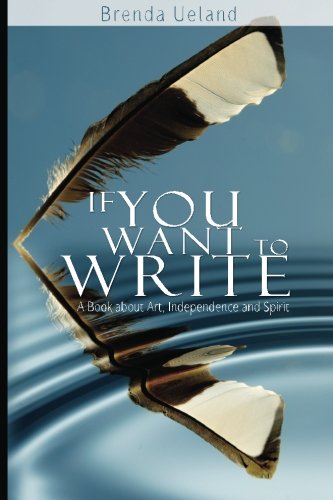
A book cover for If You Want to Write: A Book about Art, Independence and Spirit; Brenda Ueland; Reference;